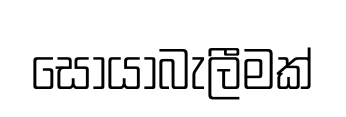
සොයාබැලීමක්